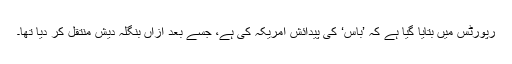
رپورٹس میں بتایا گیا ہے کہ ’باس‘ کی پیدائش امریکہ کی ہے، جسے بعد ازاں بنگلہ دیش منتقل کر دیا تھا۔